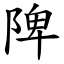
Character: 陴